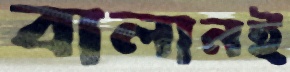
বালানই